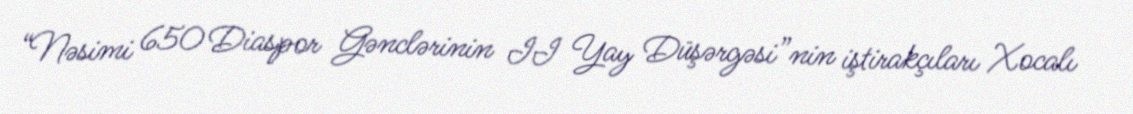
“Nəsimi 650 Diaspor Gənclərinin II Yay Düşərgəsi”nin iştirakçıları Xocalı